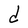
Character: d